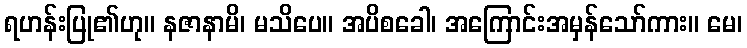
ရဟန်းပြု၏ဟု။ နဇာနာမိ၊ မသိပေ။ အပိစခေါ၊ အကြောင်းအမှန်သော်ကား။ မေ၊